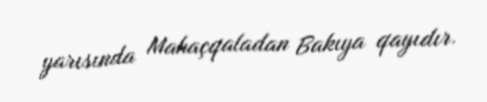
yarısında Mahaçqaladan Bakıya qayıdır.